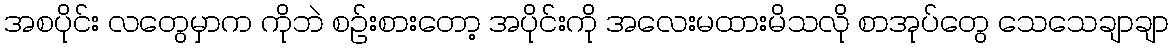
အစပိုင်း လတွေမှာက ကိုဘဲ စဉ်းစားတော့ အပိုင်းကို အလေးမထားမိသလို စာအုပ်တွေ သေသေချာချာ